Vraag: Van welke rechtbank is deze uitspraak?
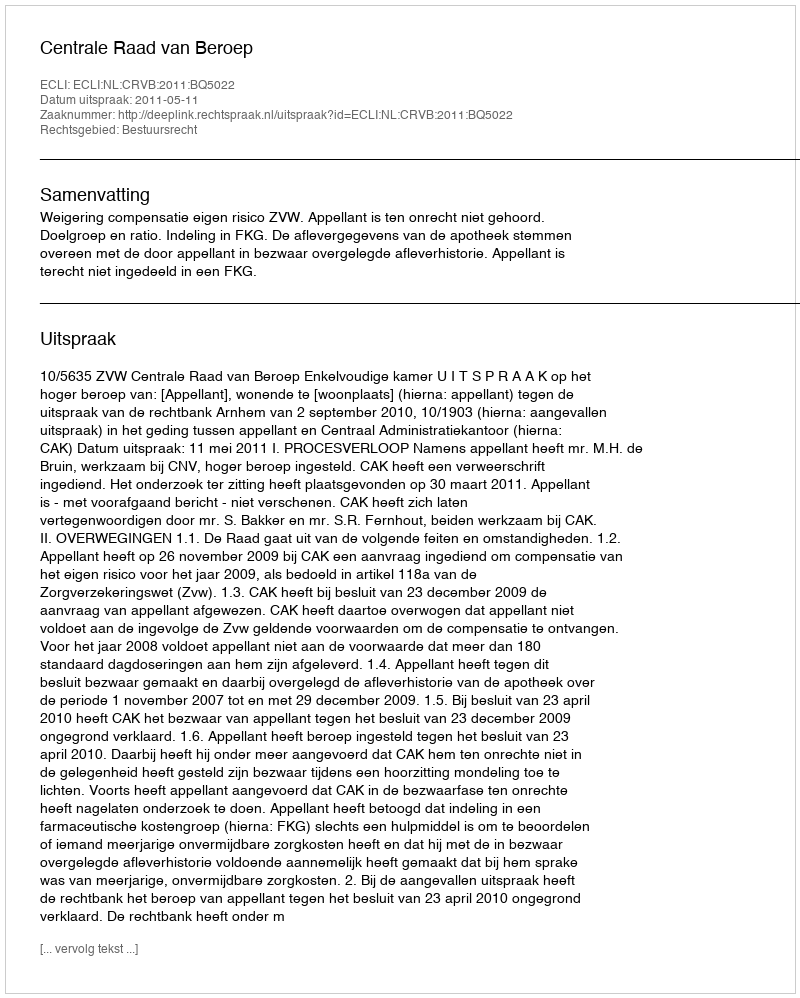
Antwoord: Centrale Raad van Beroep